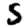
Digit: 5